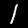
Label: 1